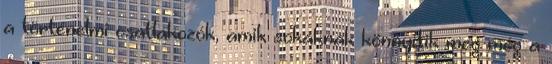
a történelmi csatlakozók, amik sokaknak könnyítik meg még a